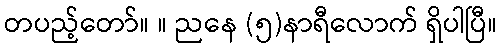
တပည့်တော်။ ။ ညနေ (၅)နာရီလောက် ရှိပါပြီ။